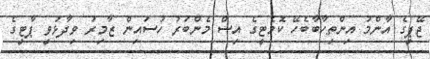
ޖޭޕީގެ އާންމު އިންތިހާބާބެހޭ ކޮމެޓީގެ އިސް މެންބަރު ހުސައިން ޒާމިރު ވިދާޅުވީ ޕާޓީގެ